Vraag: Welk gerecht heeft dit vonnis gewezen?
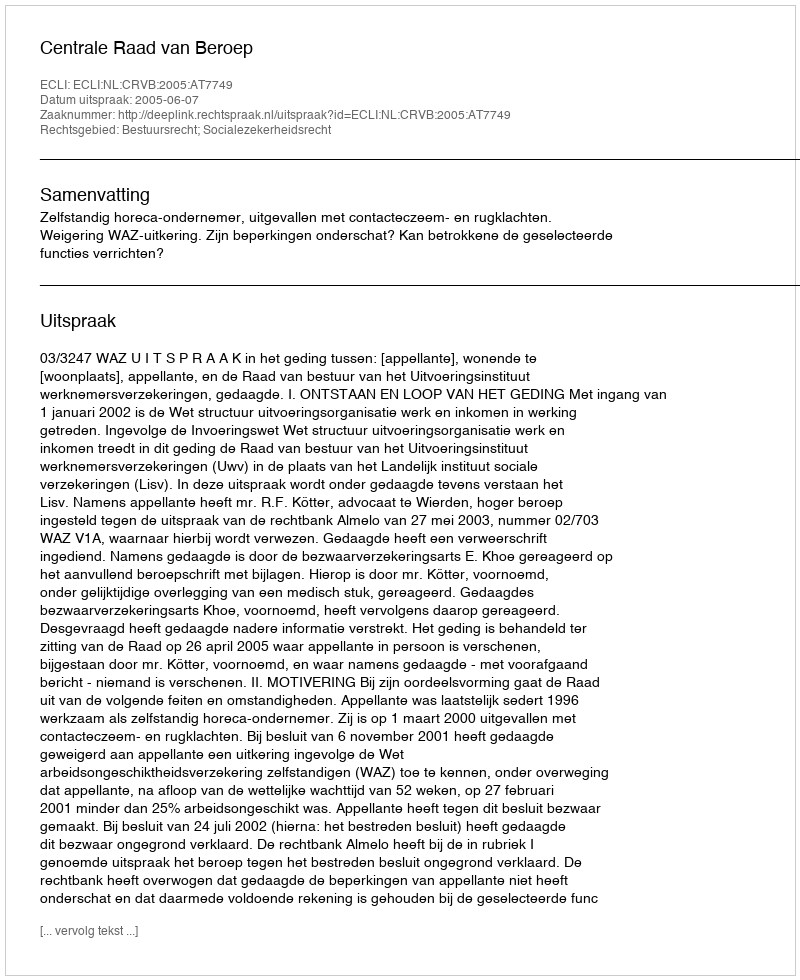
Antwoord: Centrale Raad van Beroep